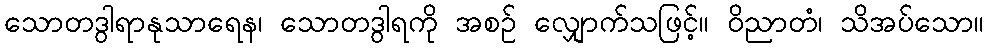
သောတဒွါရာနုသာရေန၊ သောတဒွါရကို အစဉ် လျှောက်သဖြင့်။ ဝိညာတံ၊ သိအပ်သော။